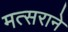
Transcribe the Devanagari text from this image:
मत्सराने